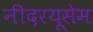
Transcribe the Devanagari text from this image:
नीदरयूसेम